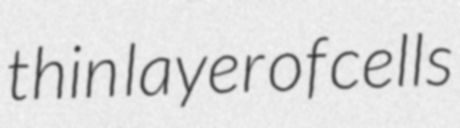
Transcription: thin layer of cells